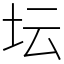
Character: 坛